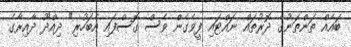
ބައެއް ތަންތަނުގެ ދޮރުތައް ނައްޓައި ފީވެގެން ވެސް ގޮސްފައި އެބަހުރި" ދިއްދޫ ދާއިރާގެ